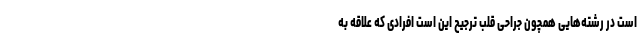
است در رشته‌هایی همچون جراحی قلب ترجیح این است افرادی که علاقه به